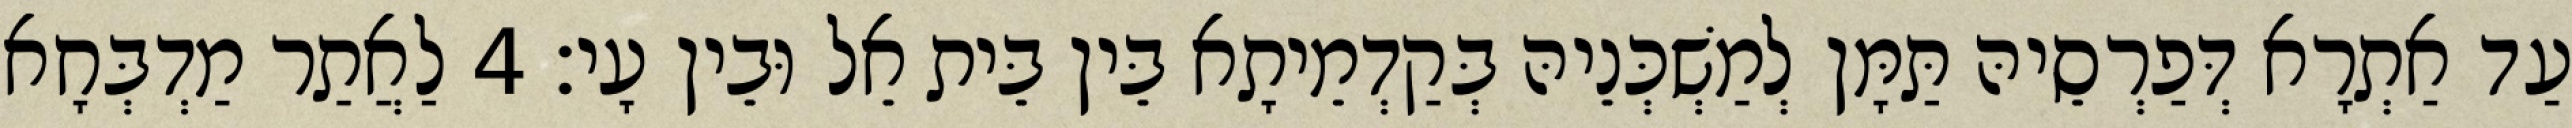
עַד אַתְרָא דְּפַרְסֵיהּ תַּמָּן לְמַשְׁכְּנֵיהּ בְּקַדְמֵיתָא בֵּין בֵּית אֵל וּבֵין עָי׃ 4 לַאֲתַר מַדְבְּחָא